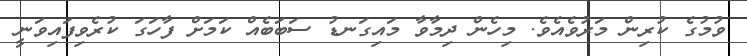
ވުމުގެ ކުރިން މަރުވެއެވެ. މިހެން ދިމާވާ މައިގަނޑު ސަބަބެއް ކަމަށް ފާހަގަ ކުރެވިފައިވަނީ